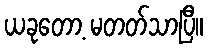
ယခုတော့ မတတ်သာပြီ။